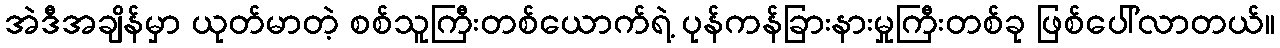
အဲဒီအချိန်မှာ ယုတ်မာတဲ့ စစ်သူကြီးတစ်ယောက်ရဲ့ ပုန်ကန်ခြားနားမှုကြီးတစ်ခု ဖြစ်ပေါ်လာတယ်။